Scottish Leaving Certificate Examination, 1955
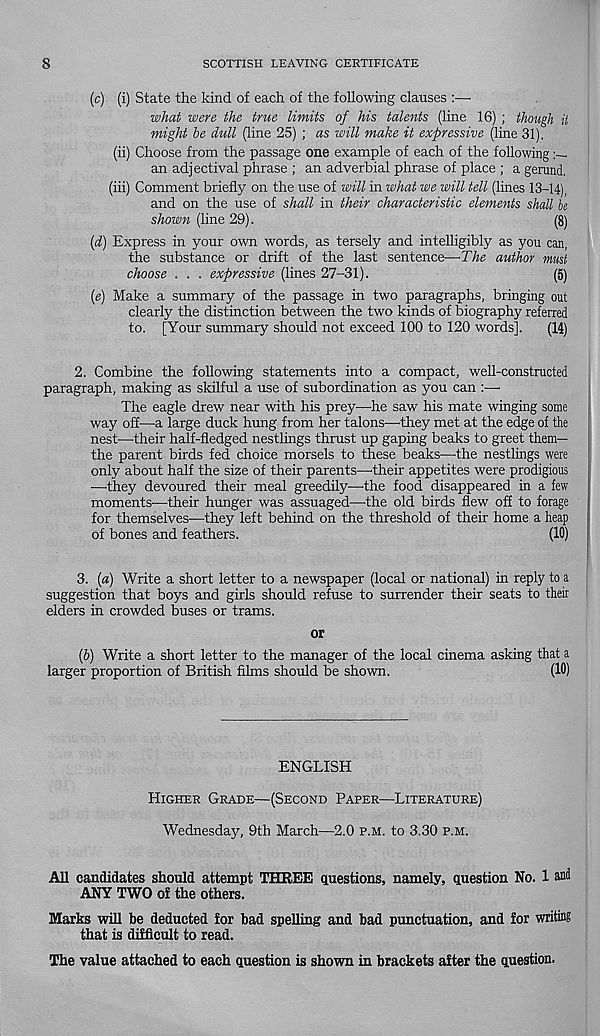
8
SCOTTISH LEAVING CERTIFICATE
(c) (i) State the kind of each of the following clauses :■—•
what were the true limits of his talents (line 16) ; though it
might he dull (line 25) ; as will make it expressive (line 31).
(ii) Choose from the passage one example of each of the following.
an adjectival phrase ; an adverbial phrase of place ; a gerund.
(iii) Comment briefly on the use of will in what we will tell (lines 13-14),
and on the use of shall in their characteristic elements shall be
shown (line 29).
(8)
(d) Express in your own words, as tersely and intelligibly as you can,
the substance or drift of the last sentence—The author must
choose . . . expressive (lines 27-31).
(5)
(e) Make a summary of the passage in two paragraphs, bringing out
clearly the distinction between the two kinds of biography referred
to. [Your summary should not exceed 100 to 120 words],
(14)
2. Combine the following statements into a compact, well-constructed
paragraph, making as skilful a use of subordination as you can :—•
The eagle drew near with his prey—he saw his mate winging some
way off—a large duck hung from her talons—they met at the edge of the
nest—their half-hedged nestlings thrust up gaping beaks to greet them—
the parent birds fed choice morsels to these beaks—the nestlings were
only about half the size of their parents—their appetites were prodigious
—they devoured their meal greedily—the food disappeared in a few
moments—their hunger was assuaged—the old birds hew off to forage
for themselves—they left behind on the threshold of their home a heap
of bones and feathers.
(10)
3. [a) Write a short letter to a newspaper (local or national) in reply to a
suggestion that boys and girls should refuse to surrender their seats to their
elders in crowded buses or trams.
or
(6) Write a short letter to the manager of the local cinema asking that a
larger proportion of British hhns should be shown.
(10)
ENGLISH
HIGHER GRADE—(SECOND PAPER—LITERATURE)
Wednesday, 9th March—2.0 P.M. to 3.30 P.M.
All candidates should attempt THREE questions, namely, question No. 1 and
ANY TWO of the others.
Marks will be deducted for bad spelling and bad punctuation, and for writing
that is difficult to read.
The value attached to each question is shown in brackets after the question.